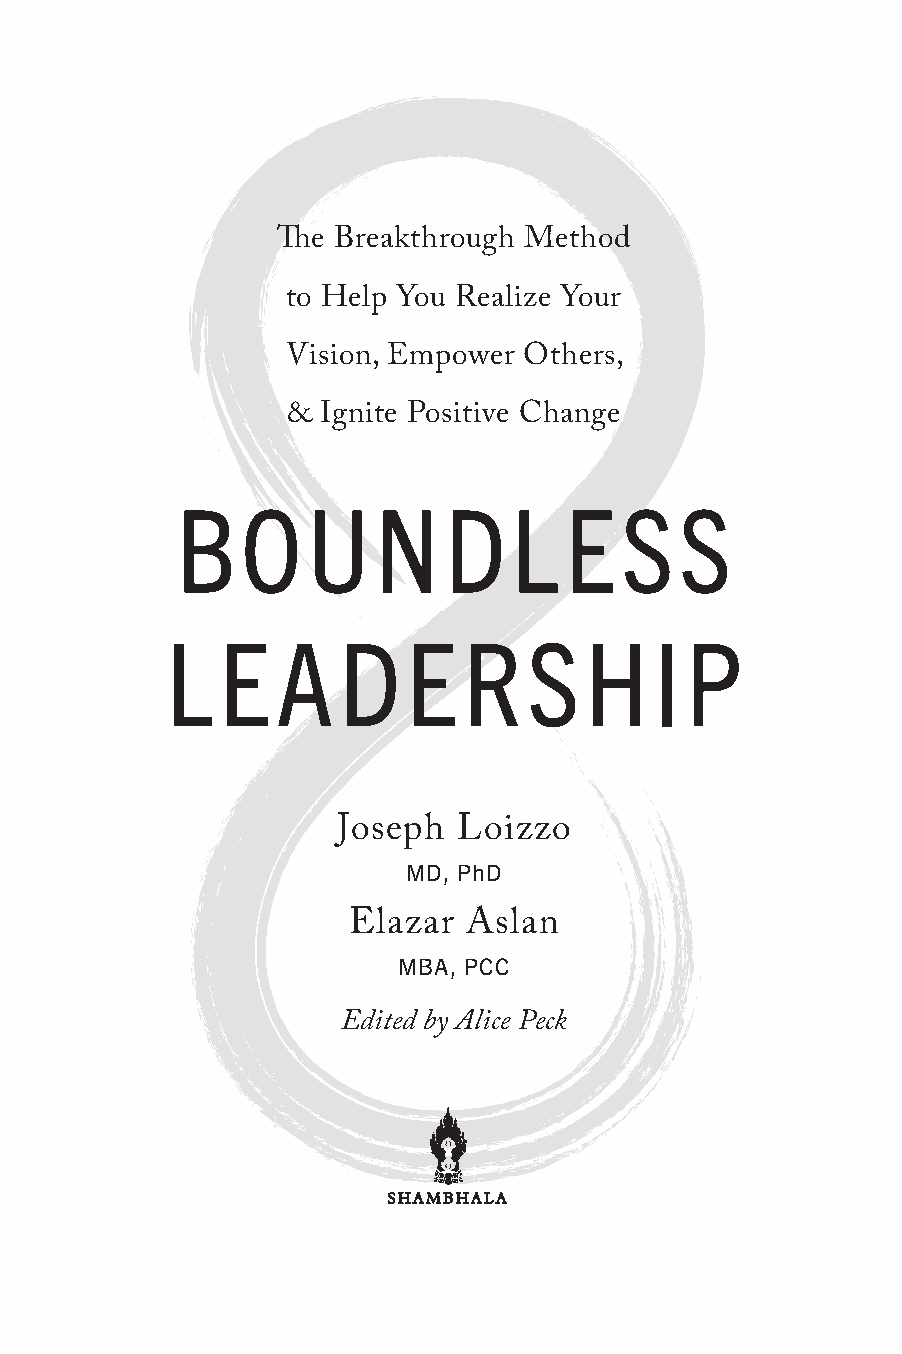
The Breakthrough Method
 to Help You Realize Your
 Vision, Empower Others,
 &  Ignite Positive Change
 BOUNDLESS
 LEADERSHIP
 Joseph  Loizzo
 MD, PhD
 Elazar  Aslan
 MBA, PCC
 Edited by Alice Peck